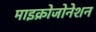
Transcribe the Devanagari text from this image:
माइक्रोजोनेशन